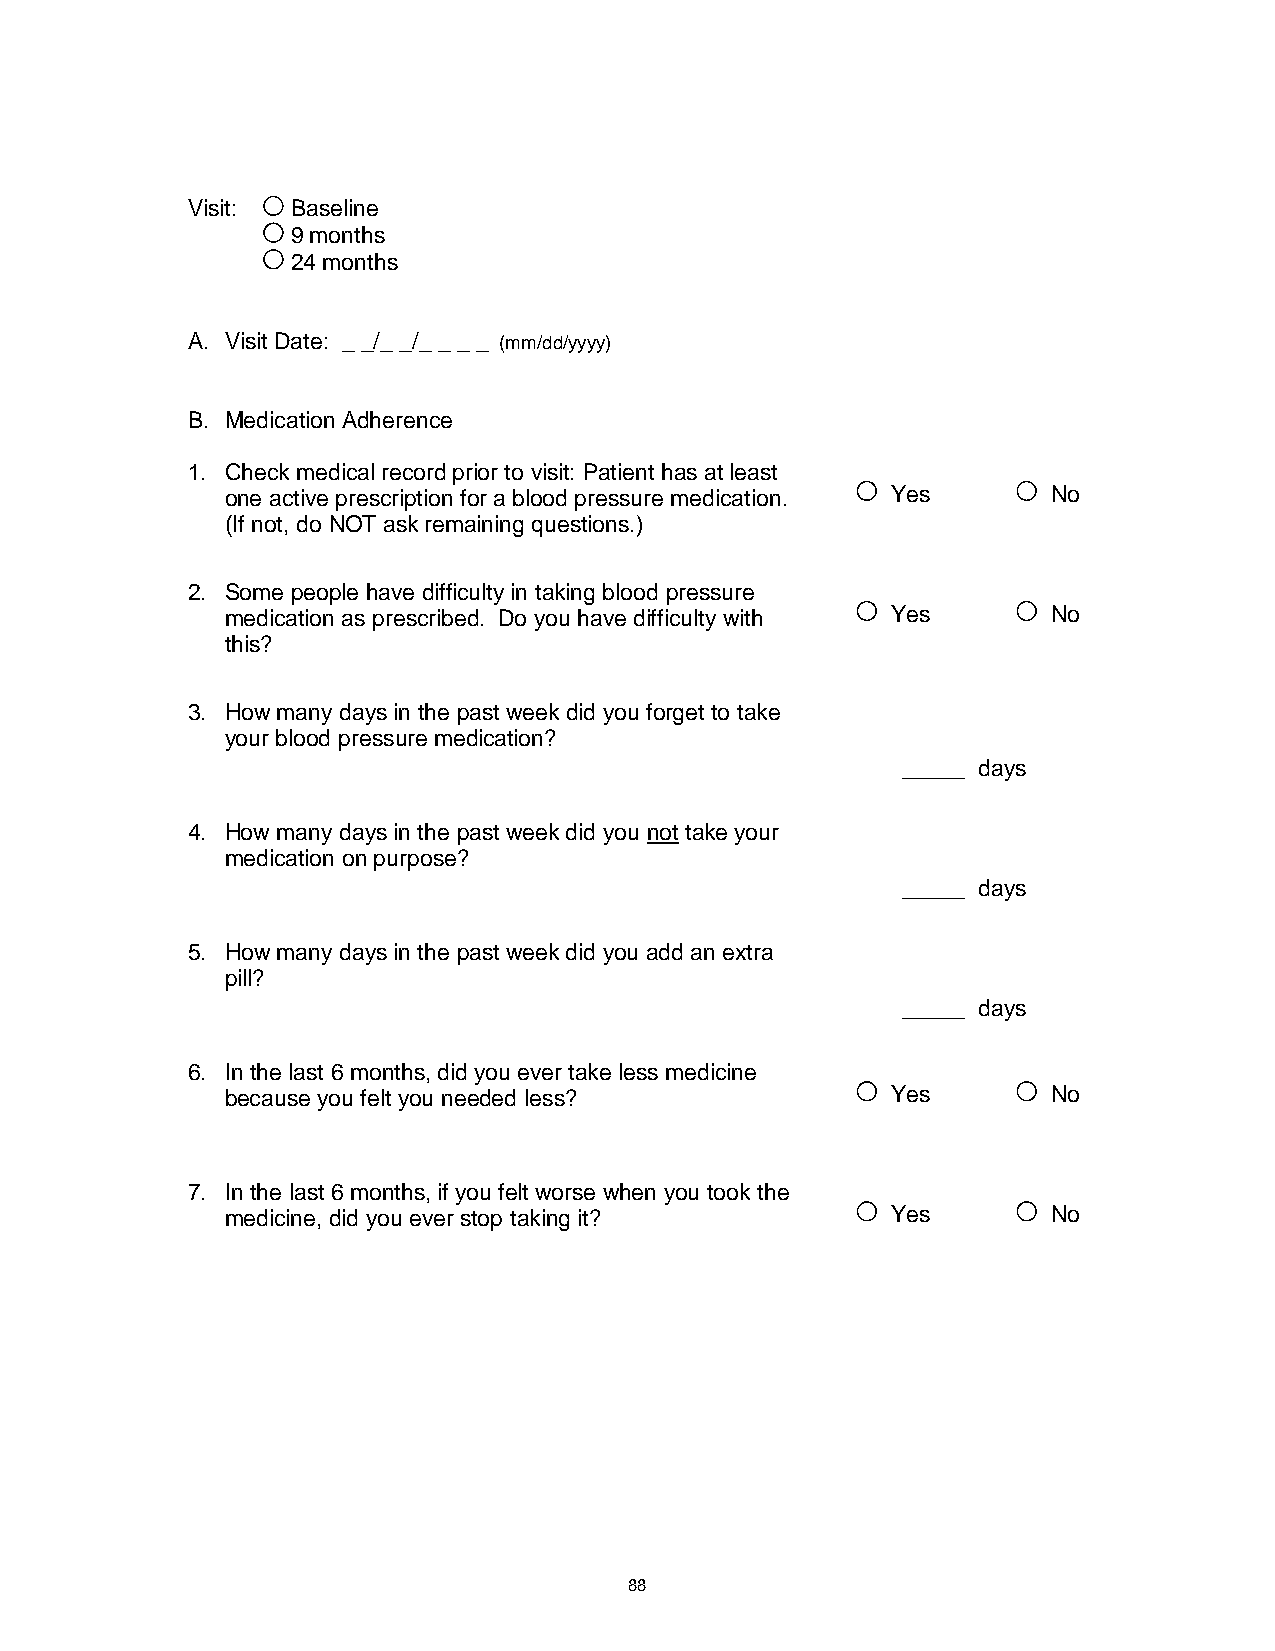
Visit: Baseline
 9 months
 24 months
 A. Visit Date: _ _/_ _/_ _ _ _ (mm/dd/yyyy)
 B. Medication Adherence
 1. Check medical record prior to visit: Patient has at least
 one active prescription for a blood pressure medication. Yes No
 (If not, do NOT ask remaining questions.)
 2. Some people have difficulty in taking blood pressure
 medication as prescribed. Do you have difficulty with Yes No
 this?
 3. How many days in the past week did you forget to take
 your blood pressure medication?
 _____ days
 4. How many days in the past week did you not take your
 medication on purpose?
 _____ days
 5. How many days in the past week did you add an extra
 pill?
 _____ days
 6. In the last 6 months, did you ever take less medicine
 because you felt you needed less?           Yes        No
 7. In the last 6 months, if you felt worse when you took the
 medicine, did you ever stop taking it?      Yes        No
 88